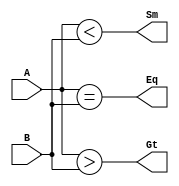
/***********************************
    4-bit Comparator - Data flow(better)
***********************************/

module comparator_4_df2(Eq, Gt, Sm, A, B);
input [3:0]A,B;
output Eq, Gt, Sm;

assign Eq = (A==B);
assign Gt = (A>B);
assign Sm = (A<B);
// Alternative 
// assign {Eq,Gt,Sm} = {A==B,A>B,A<B};

endmodule